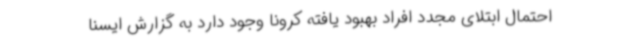
احتمال ابتلای مجدد افراد بهبود یافته کرونا وجود دارد به گزارش ایسنا